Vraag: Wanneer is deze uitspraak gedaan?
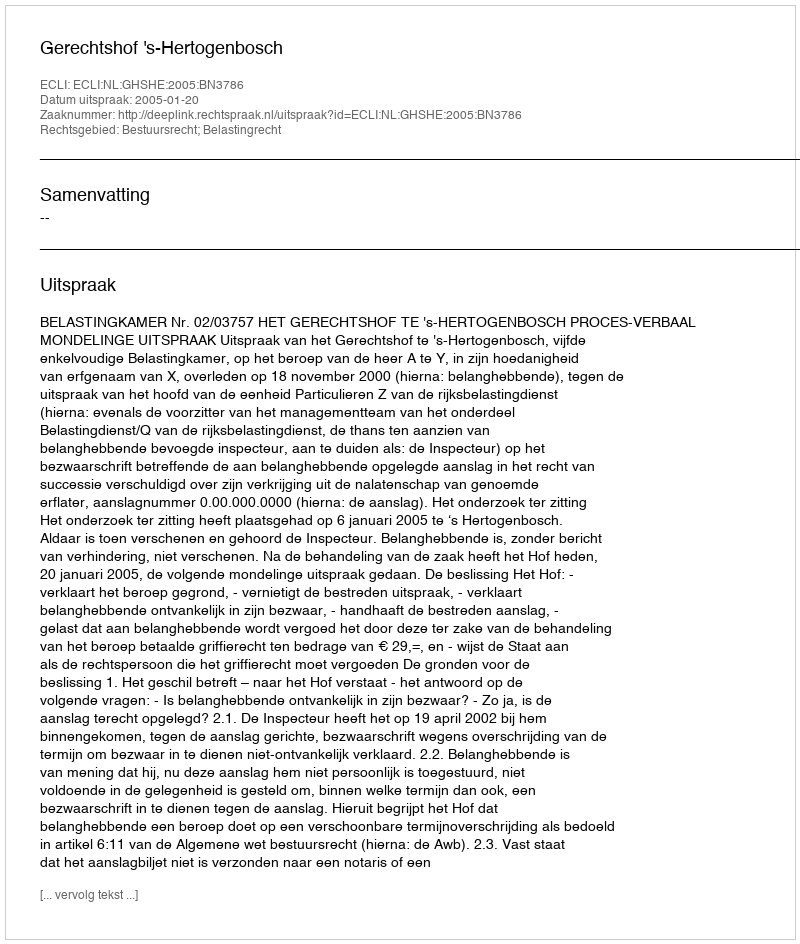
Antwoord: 2005-01-20